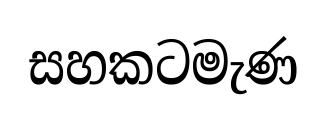
සහකටමැණ